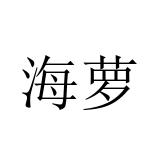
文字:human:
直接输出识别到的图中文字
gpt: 海萝